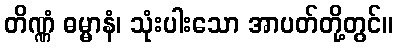
တိဏ္ဏံ ဓမ္မာနံ၊ သုံးပါးသော အာပတ်တို့တွင်။